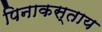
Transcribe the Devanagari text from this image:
पिनाकस्ताय